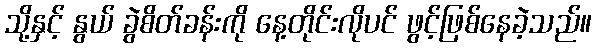
သို့နှင့် နွယ် ခွဲစိတ်ခန်းကို နေ့တိုင်းလိုပင် ဖွင့်ဖြစ်နေခဲ့သည်။